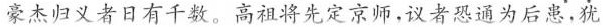
豪杰归义者日有千数。高祖将先定京师，议者恐通为后患，犹